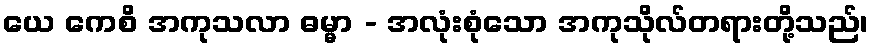
ယေ ကေစိ အကုသလာ ဓမ္မာ - အလုံးစုံသော အကုသိုလ်တရားတို့သည်၊